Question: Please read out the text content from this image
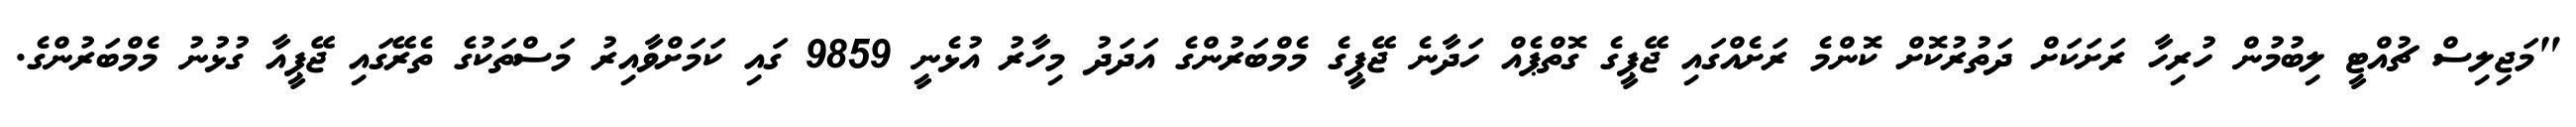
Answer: "މަޖިލިސް ޗުއްޓީ ލިބުމުން ހުރިހާ ރަށަކަށް ދަތުރުކޮށް ކޮންމެ ރަށެއްގައި ޖޭޕީގެ ގޮތްޕެއް ހަދާނެ ޖޭޕީގެ މެމްބަރުންގެ އަދަދު މިހާރު އުޅެނީ 9859 ގައި ކަމަށްވާއިރު މަސްތަކުގެ ތެރޭގައި ޖޭޕީއާ ގުޅުނު މެމްބަރުންގެ.